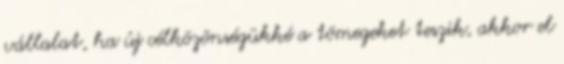
vállalat, ha új célközönségükké a tömegeket teszik, akkor el